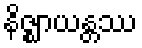
နိဇ္ဈာယန္တဿ